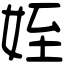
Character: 姪